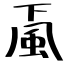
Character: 颪